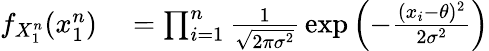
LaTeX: \begin{array}{rlrl}{f_{X_{1}^{n}}(x_{1}^{n})}&{{}=\prod_{i=1}^{n}{\frac{1}{\sqrt{2\pi\sigma^{2}}}}\exp\left(-{\frac{(x_{i}-\theta)^{2}}{2\sigma^{2}}}\right)}\end{array}